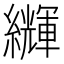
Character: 𦇊